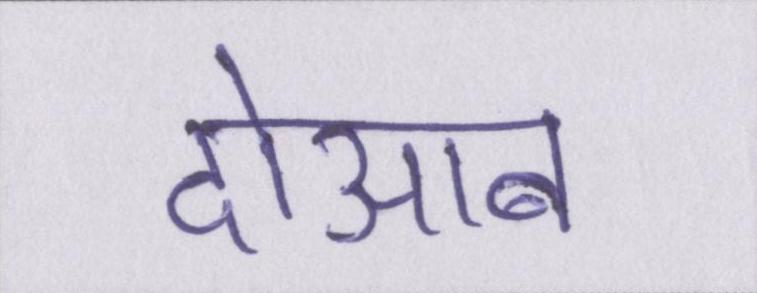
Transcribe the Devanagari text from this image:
दोआब